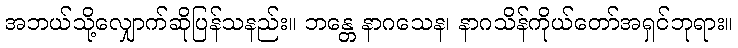
အဘယ်သို့လျှောက်ဆိုပြန်သနည်း။ ဘန္တေ နာဂသေန၊ နာဂသိန်ကိုယ်တော်အရှင်ဘုရား။